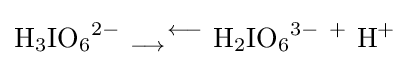
{\ce {H3IO6^{2-}\ _{\longrightarrow }^{\longleftarrow }\ H2IO6^{3-}\ +\ H^{+}}}